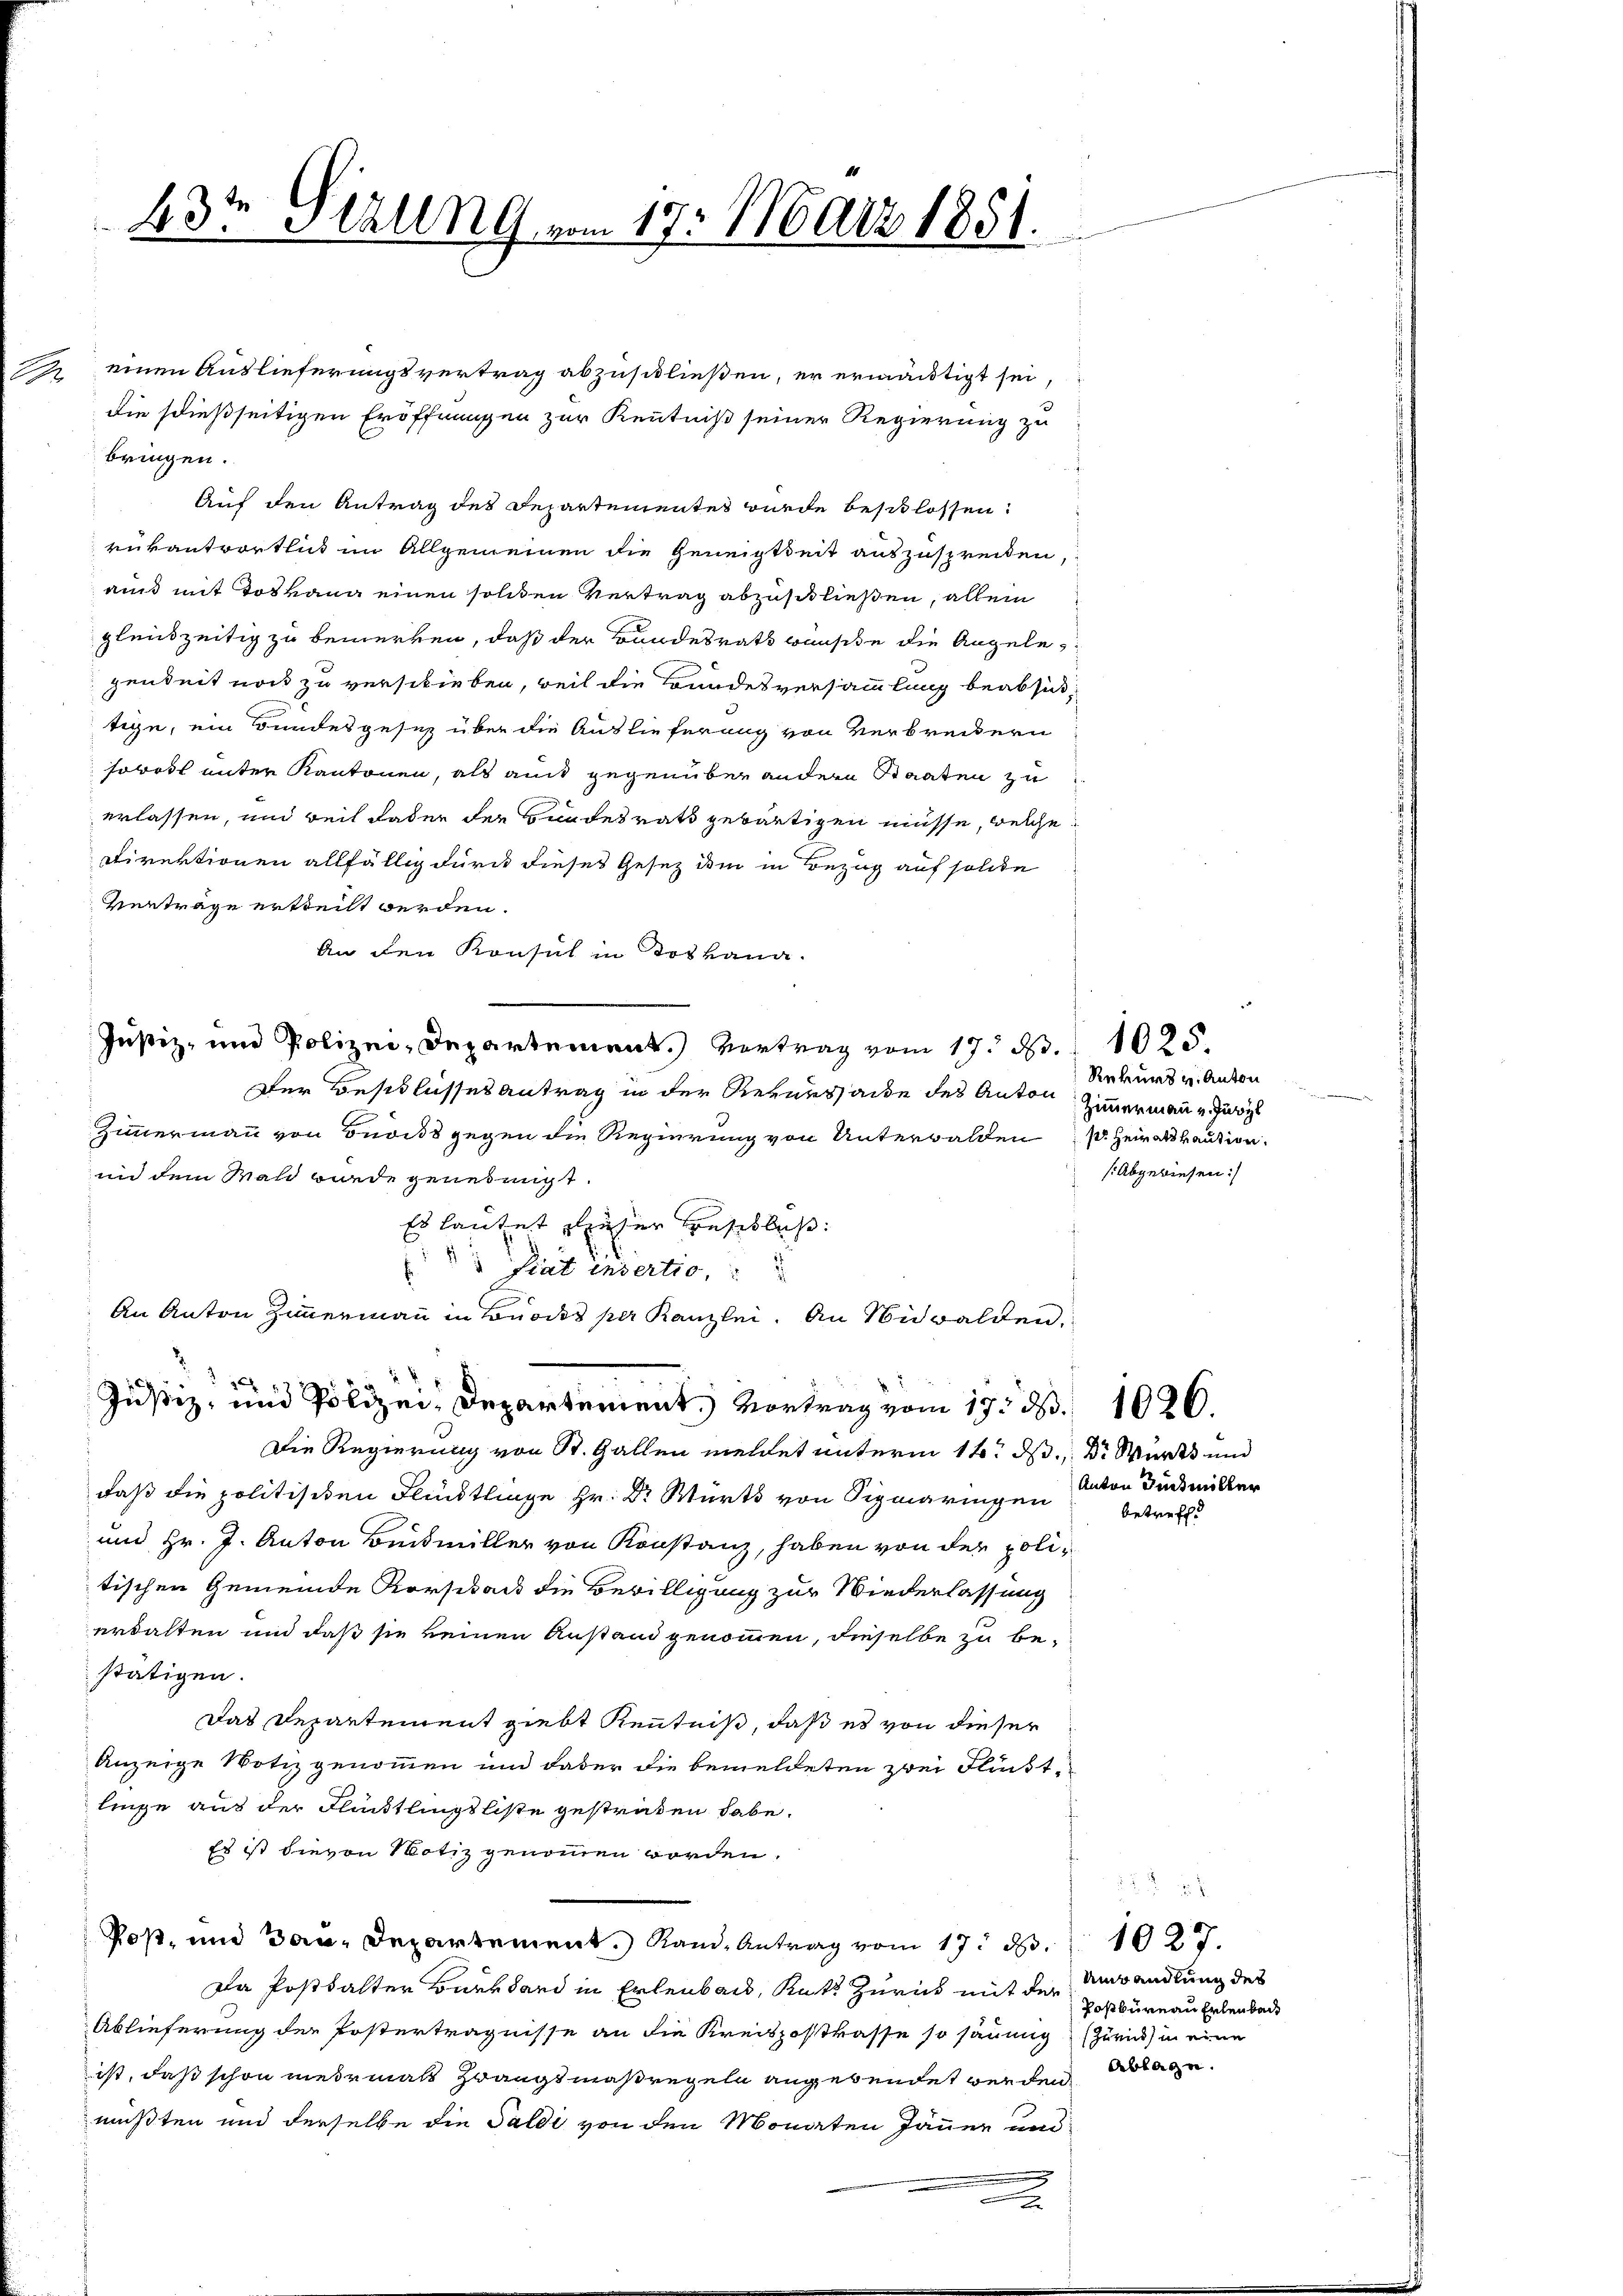
A

die dießseitigen Eröffnungen zur Kenntniß seiner Regierung zu
bringen.
Auf den Antrag des Departementes wurde beschlossen:
rükantwortlich im Allgemeinen die Geneigtheit auszuspreiten,
au mit Tosrang einen solchen Vertrag abzuschließen, allein
gleichzeitig zu bemerken, daß der Bundesrath wünsche die Angele
genheit noch zu verschieben, weil die Bundesversammlung beabsittige, ein Bundesgesetz über die Auslieferung von Verbreitern
soost unter Kantonen, als aus gegenüber andern Staaten zu
erlassen, und weil dabei der Bundesrath gewärtigen müsse, welche
Direktionen allfällig durch dieses Gesetz dem in Bezug auf solche
Verträge ertheilt werden.
An den Konsul in Toskana
Justiz- und Polizei-Departement.) Vertrag vom 17. d. 1025.
Der Beschlussesantrag in der Rekurssade des Anton Zimmermann u. Zurz
Zimmermann von Bunds gegen die Regierung von Unterwalden. Heiratskaution.
in dem Mal wurde genehmigt.
Es lautet dieser Beschluß:
 Stat insertio,
An Anton Zimmermann in Brodes per Kanzlei. An Nidwalden.
26
Justiz- und Polizei. Departement. Vortrag vom 17. 383. 1026.
Die Regierung von St. Gallen meldet unterm 16t d. Dr Werk und
daß die politischen Flüchtlinge Hr. Dr Würts von Sigmaringen
und Hr. J. Anton Beidmiller von Konstanz, haben von der politischen Gemeinde Korsikack die Bewilligung zur Wiederlassung
erdalten und daß sie keinen Anstand genommen, dieselbe zu be-
stätigen.
Das Departement giebt Kenntniß, daß es von dieser
Anzeige Notiz genommen und dabei die bemeldeten zwei Flüchtlinge aus der Flindtlingsliste gestraten habe.
Es ist hievon Notiz genommen worden.
Poß, und Bau-Departement. Rand, Antrag vom 17. d.
Da Posthalter Burkhard in Erlenbau, Katz Zurück mit der Anwandlung des
Ablieferung der Posterträgnisse an die Kreispostkasse so säumig (Zürich in eine
ist, daß schon mehrmals Zwangsmaßregeln angebendet werden
mußten und derselbe die Saldi von den Monaten Jänner und
x

43ten Ställng vom 17. März 1851.

einen Auslieferungsvertrag abzuschließen, er ermächtigt sei,

Rekurs u. Anton
(abgewiesen:

Anton Zinsmiller

betreff

2

Posbureau Erlenbad
Ablage.

1027.